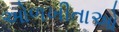
ઓળખીતાઓ